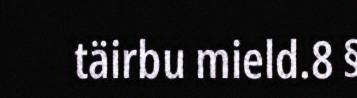
täirbu mield.8 §